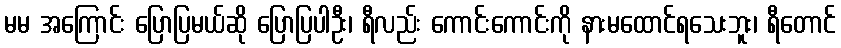
မမ အကြောင်း ပြောပြမယ်ဆို ပြောပြပါဦး၊ ရီလည်း ကောင်းကောင်းကို နားမထောင်ရသေးဘူး၊ ရီတောင်